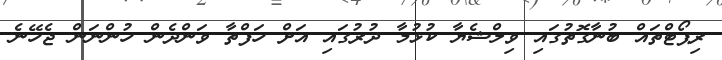
ރިޕޯޓްތައް ބުނާގޮތުގައި ވިލްޝެޔާ ކުޅުމާ ދުރުގައި އަށް ހަފްތާ ވަންދެން ހުންނަން ޖެހޭނެ